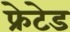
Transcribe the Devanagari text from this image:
फ्रेटेड